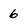
Character: 6